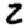
Digit: 2